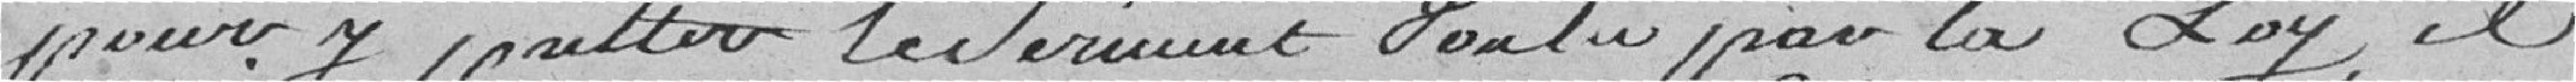
pour y pretter serment voulu par la Loy, il